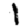
Digit: 1